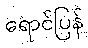
ရောင်ပြန်